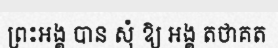
ព្រះអង្គ បាន សុំ ឱ្យ អង្គ តថាគត